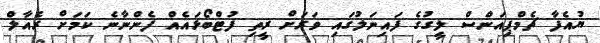
ޔުއެފާ ޗެމްޕިއަންސް ލީގުގެ ފައިނަލުގައި ވަރަށް ރީތި ފުޓްބޯޅައެއް ފެންނާނެ ކަމަށް ރެއާލް